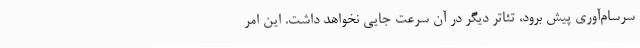
سرسام‌آوری پیش برود، تئاتر دیگر در آن سرعت جایی نخواهد داشت. این امر